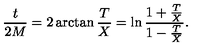
{ \frac { t } { 2 M } } = 2 \arctan { \frac { T } { X } } = \ln \frac { 1 + { \frac { T } { X } } } { 1 - { \frac { T } { X } } } .